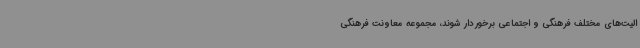
الیت‌های مختلف فرهنگی و اجتماعی برخوردار شوند، مجموعه معاونت فرهنگی